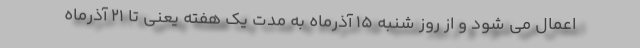
اعمال می شود و از روز شنبه ۱۵ آذرماه به مدت یک هفته یعنی تا ۲۱ آذرماه